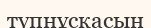
түпнұскасын